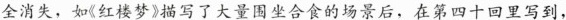
全消失，如(红楼梦》描写了大量围坐合食的场景后，在第四十回里写到，